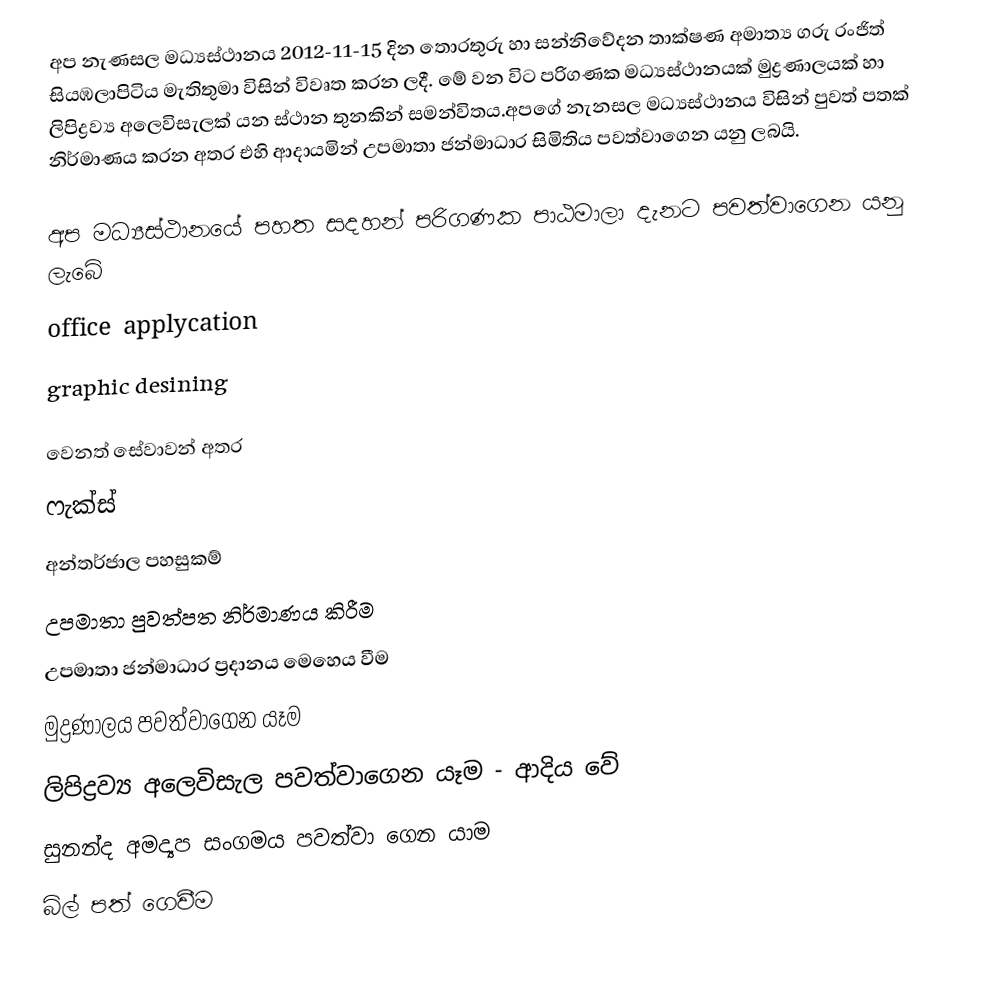
අප නැණසල මධ්‍යස්ථානය 2012-11-15 දින තොරතුරු හා සන්නිවේදන තාක්ෂණ අමාත්‍ය ගරු රංජිත් සියඹලාපිටිය මැතිතුමා විසින් විවෘත කරන ලදී. මේ වන විට පරිගණක මධ්‍යස්ථානයක් මුද්‍රණාලයක් හා ලිපිද්‍රව්‍ය අලෙවිසැලක් යන ‍ස්ථාන තුනකින් සමන්විතය.අපගේ නැනසල මධ්‍යස්ථානය විසින් පුවත් පතක් නිර්මාණය කරන අතර එහි ආදායමින් උපමාතා ජන්මාධාර සිමිතිය පවත්වාගෙන යනු ලබයි.

අප මධ්‍යස්ථානයේ පහත සදහන් පරිගණක පාඨමාලා දැනට පවත්වාගෙන යනු ලැබේ
office applycation
graphic desining

වෙනත් සේවාවන් අතර
ෆැක්ස්
අන්තර්ජාල පහසුකම්
උපමාතා පුවත්පත නිර්මාණය කිරීම‍
උපමාතා ජන්මාධාර ප්‍රදානය මෙහෙය වීම
මුද්‍රණාලය පවත්වාගෙන යෑම
ලිපිද්‍රව්‍ය අලෙවිසැල පවත්වාගෙන යෑම   -  ආදිය වේ
සුනන්ද අමද්‍යප සංගමය පවත්වා ගෙන යාම
බිල් පත් ගෙවීම